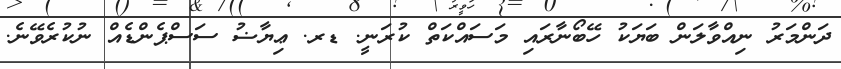
ދަންމަރު ނިއްވާލަން ބަޔަކު ހޭބޯނާރައި މަސައްކަތް ކުރަނީ. ޑރ. ޢިޔާޟު ސަސްޕެންޑެއް ނުކުރެވޭނެ.